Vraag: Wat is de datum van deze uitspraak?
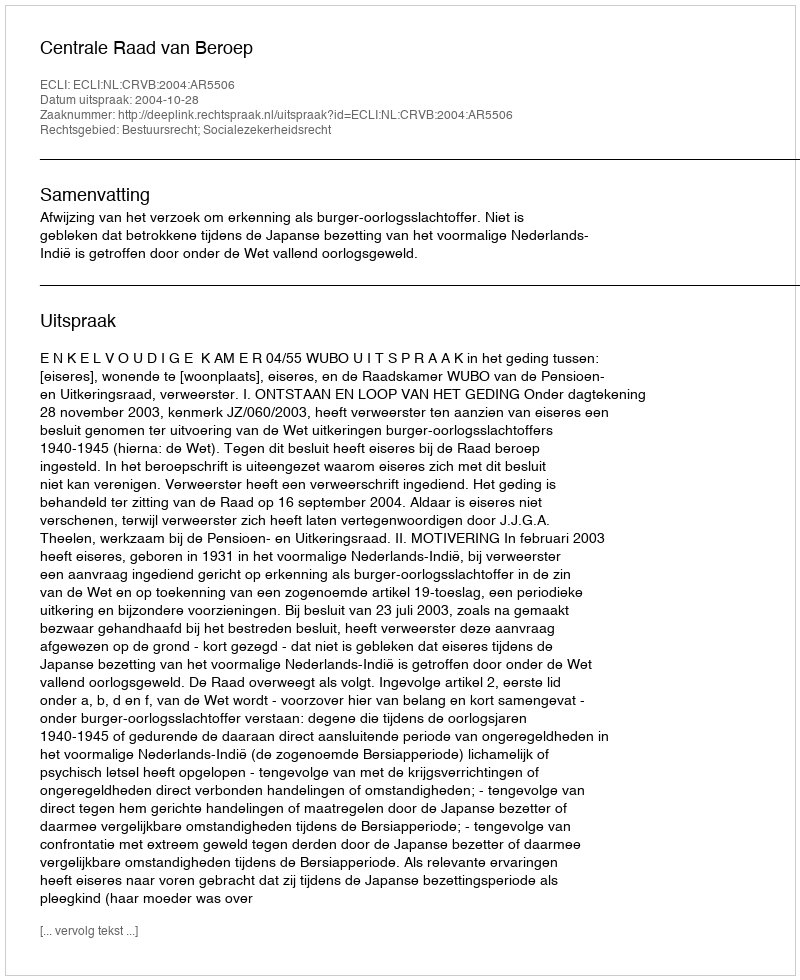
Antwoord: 2004-10-28